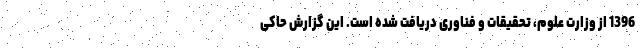
1396 از وزارت علوم، تحقیقات و فناوری دریافت شده است. این گزارش حاکی